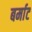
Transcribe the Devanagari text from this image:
बर्माट